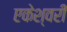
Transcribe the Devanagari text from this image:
एकेश्वरी